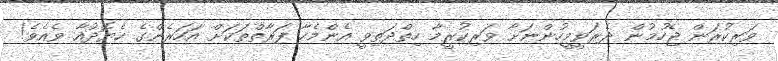
ވަރިކުރަން ޖެހުމުން ދެރަވީމީހުންނަށާ ވަރިކުރީމާ ހިތްދަތިވީ އެންމެހާ ފަރާތްތަކަށް އަހަރެންގެ ހެޔޮދުއާ ވެއެވެ!